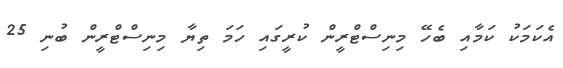
އެކަމަކު ކަމާއި ބެހޭ މިނިސްޓްރީން ކުރީގައި ހަމަ ތިޔާ މިނިސްޓްރީން ބުނި 25